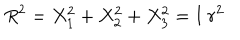
R ^ { 2 } = X _ { 1 } ^ { 2 } + X _ { 2 } ^ { 2 } + X _ { 3 } ^ { 2 } = \mathbf { I } ~ r ^ { 2 }